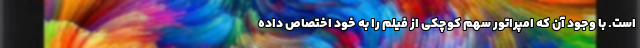
است. با وجود آن که امپراتور سهمِ کوچکی از فیلم را به خود اختصاص داده